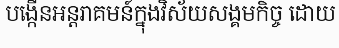
បង្កើនអន្តរាគមន៍ក្នុងវិស័យសង្គមកិច្ច ដោយ